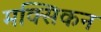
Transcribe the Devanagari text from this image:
मक्सिकन